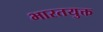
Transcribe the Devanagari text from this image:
भारतयुक्त